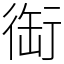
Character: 䘖